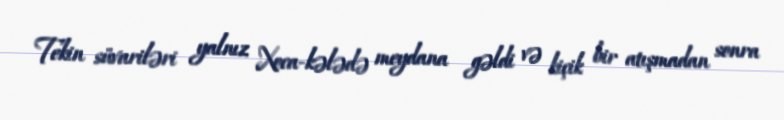
Tekin süvariləri yalnız Xoca-kələdə meydana gəldi və kiçik bir atışmadan sonra